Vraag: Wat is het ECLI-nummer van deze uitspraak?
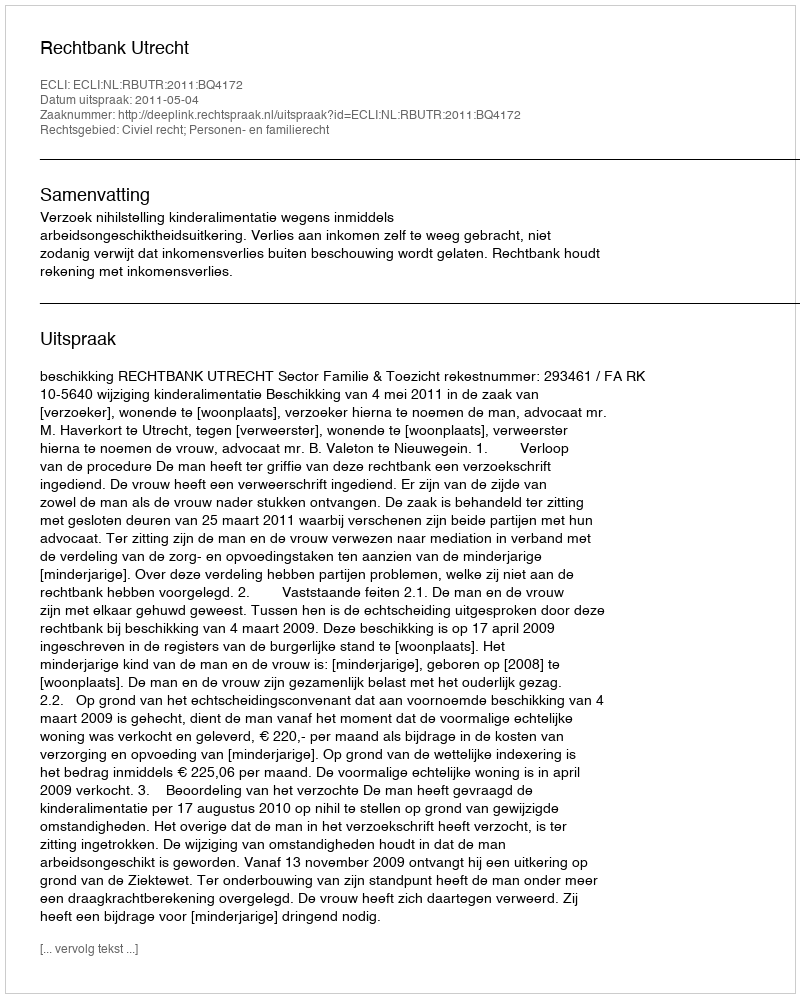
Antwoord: ECLI:NL:RBUTR:2011:BQ4172